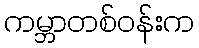
ကမ္ဘာတစ်ဝန်းက